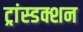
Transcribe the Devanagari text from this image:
ट्रांस्डक्शन